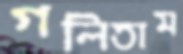
গলিতাম